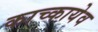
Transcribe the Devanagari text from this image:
काच्कायेव